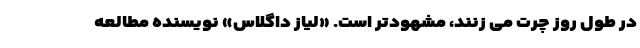
در طول روز چرت می زنند، مشهودتر است. «لیاز داگلاس» نویسنده مطالعه